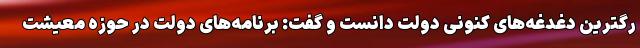
رگترین دغدغه‌های کنونی دولت دانست و گفت: برنامه‌های دولت در حوزه معیشت